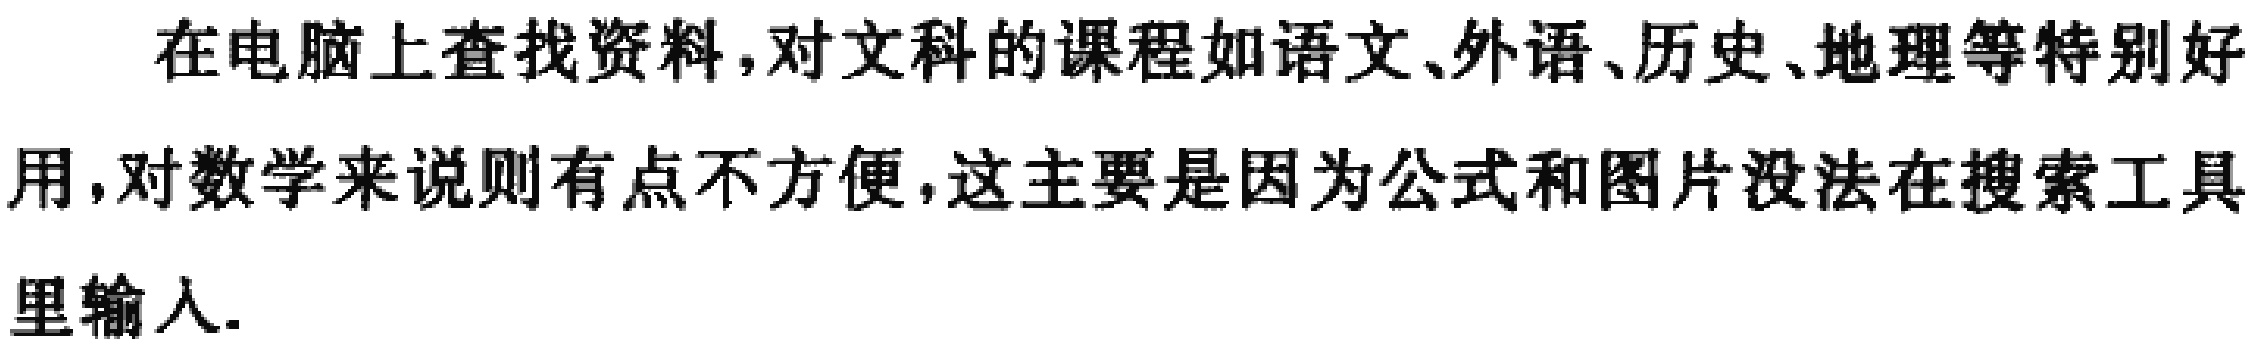
在电脑上查找资料,对文科的课程如语文、外语、历史、地理等特别好用,对数学来说则有点不方便,这主要是因为公式和图片没法在搜索工具里输入.